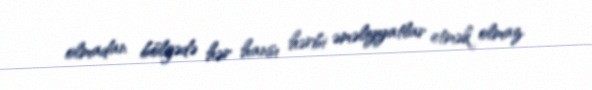
olmadan bölgədə hər hansı hərbi əməliyyatlar etmək olmaz.